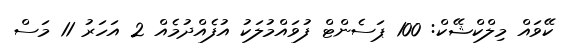
ކޭވައް މިލްކްޝޭކް: 100 ޕަސެންޓް ފުވައްމުލަކު އުފެއްދުމެއް 2 އަހަރު 11 މަސް